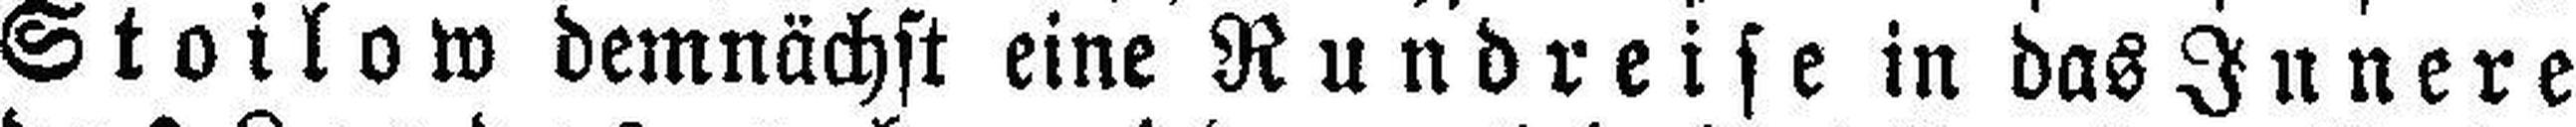
Stoilow demnächst eine Rundreise in das Innere